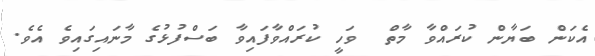
އެކަން ބަޔާން ކުރައްވާ މާތް  ވަހީ ކުރައްވާފައިވާ ބަސްފުޅުގެ މާނައިގައިވެ އެވެ.